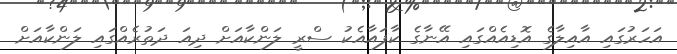
އަހަރުގައި އާއިލާގެ އޮޑިއެއްގައި އޭނާގެ ކާފައާއެކު ސްރީ ލަންކާއަށް ދިއަ ދަތުރެއްގައި ލަންކާއަށް